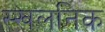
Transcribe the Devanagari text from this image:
स्खलनिक